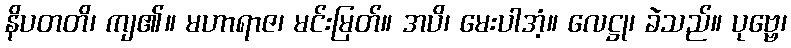
နိပတတိ၊ ကျ၏။ မဟာရာဇ၊ မင်းမြတ်။ အပိ၊ မေးပါအံ့။ လေဋ္ဌု၊ ခဲသည်။ ပုဗ္ဗေ၊